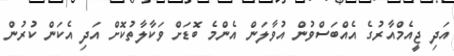
އަދި ޖީއެމްއާރުގެ އެއްބަސްވުން އުވާލަން އެންމެ ބޮޑަށް ވަކާލާތުކޮށް އަދި އެކަން ކުރުން